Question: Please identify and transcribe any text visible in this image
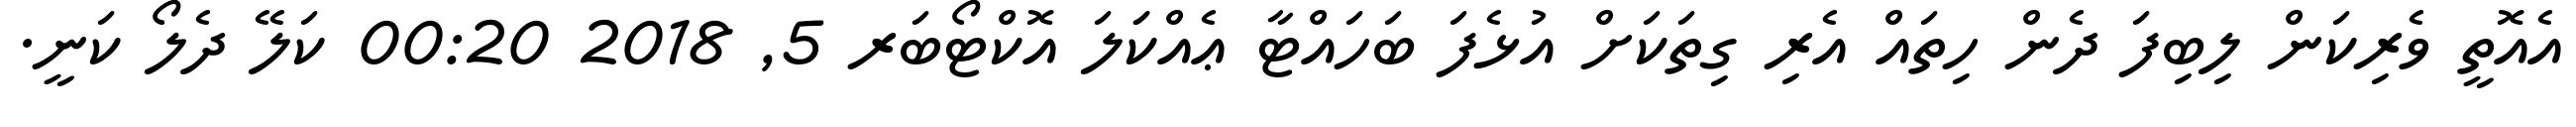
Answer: އެއޮތީ ވެރިކަން ލިބިފަ ދެން ހިތައް އެރި ގިތަކަށް އުޅެފަ ބަހައްޓާ ޢެއްކަަލަ އޮކްޓޯބަރ 5, 2018 00:20 ކަލޭ ދެލޯ ކަނީ.